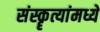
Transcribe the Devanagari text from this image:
संस्कॄत्यांमध्ये